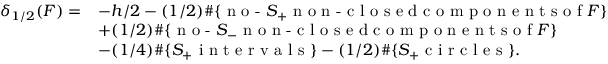
\begin{array} { r l } { \delta _ { 1 / 2 } ( F ) = } & { - h / 2 - ( 1 / 2 ) \# \{ \textrm { n o - } S _ { + } \textrm { n o n - c l o s e d c o m p o n e n t s o f } F \} } \\ & { + ( 1 / 2 ) \# \{ \textrm { n o - } S _ { - } \textrm { n o n - c l o s e d c o m p o n e n t s o f } F \} } \\ & { - ( 1 / 4 ) \# \{ S _ { + } \textrm { i n t e r v a l s } \} - ( 1 / 2 ) \# \{ S _ { + } \textrm { c i r c l e s } \} . } \end{array}